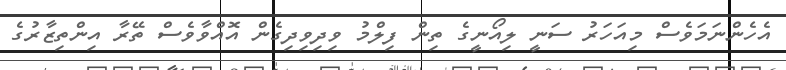
އެހެންނަމަވެސް މިއަހަރު ސަނީ ލިއޯނީގެ ތިން ފިލްމު ވިދިވިދިގެން އޮއްވާވެސް ތޭރާ އިންތިޒާރުގެ